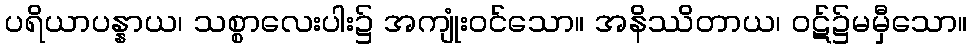
ပရိယာပန္နာယ၊ သစ္စာလေးပါး၌ အကျုံးဝင်သော။ အနိဿိတာယ၊ ဝဋ်၌မမှီသော။